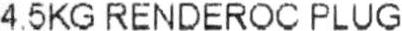
4.5KG RENDEROC PLUG